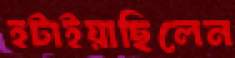
হটাইয়াছিলেন